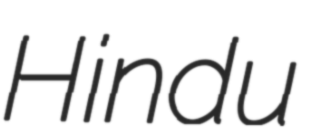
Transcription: Hindu